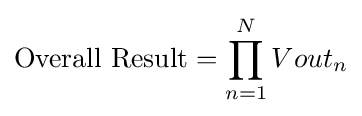
{\text{Overall Result}}=\prod _{n=1}^{N}Vout_{n}